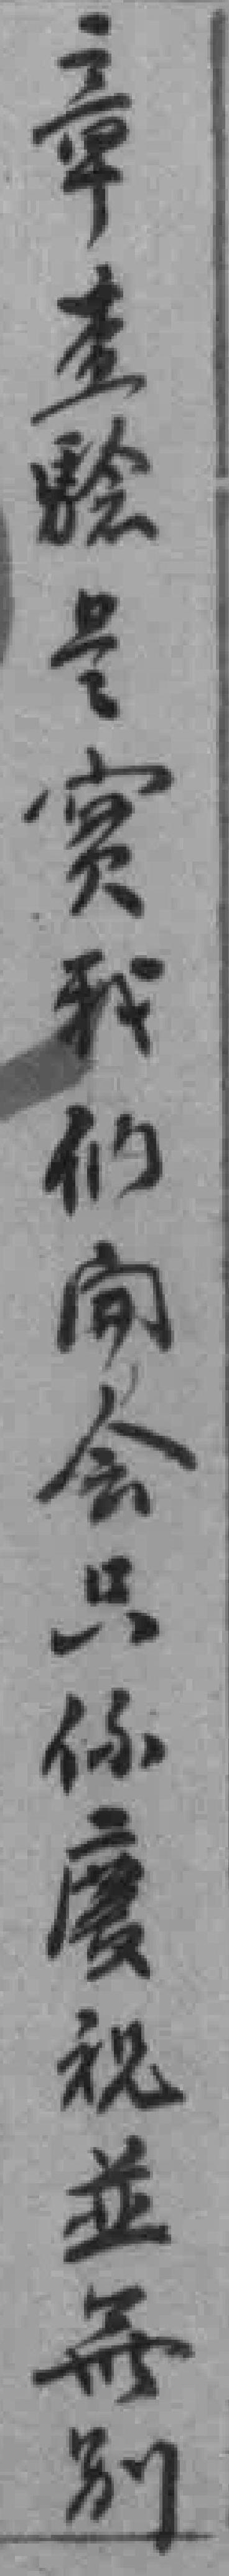
章查騐是實我们開会只係慶祝並無別